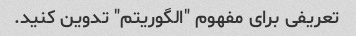
تعریفی برای مفهوم "الگوریتم" تدوین کنید.